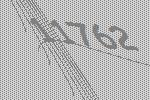
11762